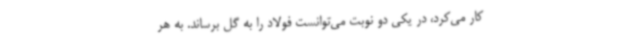
کار می‌کرد، در یکی دو نوبت می‌توانست فولاد را به گل برساند. به هر